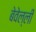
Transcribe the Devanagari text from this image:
बेवेल्ली